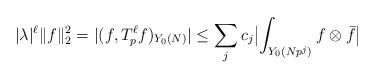
\begin{align*} |\lambda|^\ell\|f\|_2^2=|(f,T_{p}^\ell f)_{Y_0(N)}|\leq \sum_j c_j \bigl|\int _{Y_0(Np^j)} f\otimes \bar f \bigr| \end{align*}